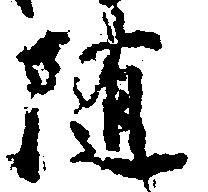
随